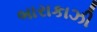
બારાકાઝી